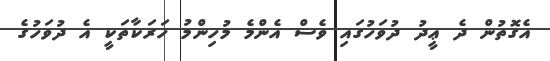
އެގޮތުން ދެ ޢީދު ދުވަހުގައި ވެސް އެންމެ މުހިންމު ހަރަކާތަކީ އެ ދުވަހުގެ